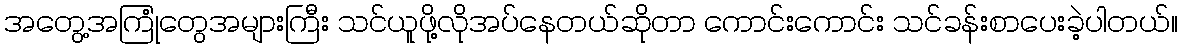
အတွေ့အကြုံတွေအများကြီး သင်ယူဖို့လိုအပ်နေတယ်ဆိုတာ ကောင်းကောင်း သင်ခန်းစာပေးခဲ့ပါတယ်။